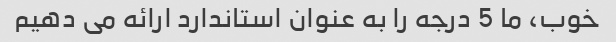
خوب، ما 5 درجه را به عنوان استاندارد ارائه می دهیم